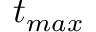
t _ { m a x }